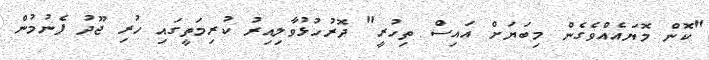
"ކޮން މޮޔައެއްވެގެން މިބަޔަށް އައިސް ތިހުރީ" ދޮރުހުޅުވާލިއިރު ކުރިމަތީގައި ހުރި ޖޫދު ފެނުމުން